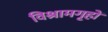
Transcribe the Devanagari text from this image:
विश्रामगृहों